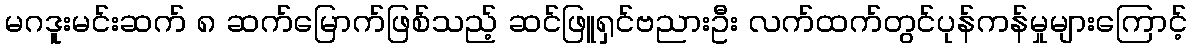
မဂဒူးမင်းဆက် ၈ ဆက်မြောက်ဖြစ်သည့် ဆင်ဖြူရှင်ဗညားဦး လက်ထက်တွင်ပုန်ကန်မှုများကြောင့်